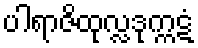
ပါရာဇိထုလ္လဒုက္ကဋံ